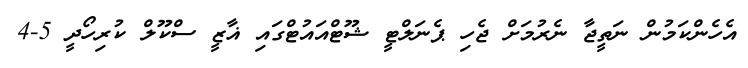
އެހެންކަމުން ނަތީޖާ ނެރުމަށް ޖެހި ޕެނަލްޓީ ޝޫޓްއައުޓްގައި ޣާޒީ ސްކޫލް ކުރިހޯދީ 5-4